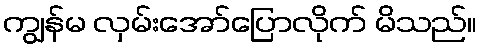
ကျွန်မ လှမ်းအော်ပြောလိုက် မိသည်။